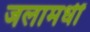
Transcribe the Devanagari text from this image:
जलामधीं